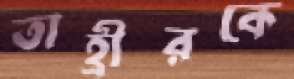
তাহ্রীরকে